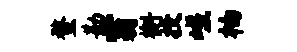
蝥勘霸槲投嵯柚